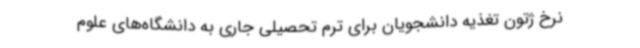
نرخ ژتون تغذیه دانشجویان برای ترم تحصیلی جاری به دانشگاه‌های علوم